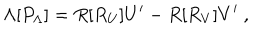
\Lambda [ P _ { \Lambda } ] = R [ R _ { U } ] U ^ { \prime } - R [ R _ { V } ] V ^ { \prime } \ ,